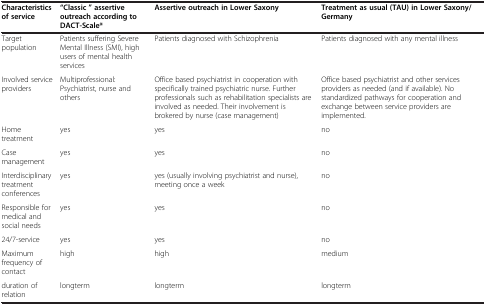
<table><thead><tr><td><b>Characteristics of service</b></td><td><b>“Classic ” assertive outreach according to DACT-Scale*</b></td><td><b>Assertive outreach in Lower Saxony</b></td><td><b>Treatment as usual (TAU) in Lower Saxony/Germany</b></td></tr></thead><tbody><tr><td>Target population</td><td>Patients suffering Severe Mental Illness (SMI), high users of mental health services</td><td>Patients diagnosed with Schizophrenia</td><td>Patients diagnosed with any mental illness</td></tr><tr><td>Involved service providers</td><td>Multiprofessional: Psychiatrist, nurse and others</td><td>Office based psychiatrist in cooperation with specifically trained psychiatric nurse. Further professionals such as rehabilitation specialists are involved as needed. Their involvement is brokered by nurse (case management)</td><td>Office based psychiatrist and other services providers as needed (and if available). No standardized pathways for cooperation and exchange between service providers are implemented.</td></tr><tr><td>Home treatment</td><td>yes</td><td>yes</td><td>no</td></tr><tr><td>Case management</td><td>yes</td><td>yes</td><td>no</td></tr><tr><td>Interdisciplinary treatment conferences</td><td>yes</td><td>yes (usually involving psychiatrist and nurse), meeting once a week</td><td>no</td></tr><tr><td>Responsible for medical and social needs</td><td>yes</td><td>yes</td><td>no</td></tr><tr><td>24/7-service</td><td>yes</td><td>yes</td><td>no</td></tr><tr><td>Maximum frequency of contact</td><td>high</td><td>high</td><td>medium</td></tr><tr><td>duration of relation</td><td>longterm</td><td>longterm</td><td>longterm</td></tr></tbody></table>